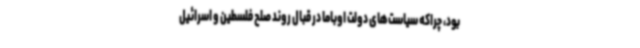
بود، چراکه سیاست‌های دولت اوباما در قبال روند صلح فلسطین و اسرائیل